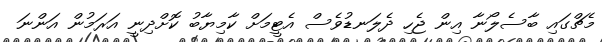
މެޗްގައި ބާސެލޯނާ އިން ޖެހި ދެލަނޑުވެސް އެޓީމަށް ކާމިޔާބު ކޮށްދިނީ އަރަމުން އަންނަ